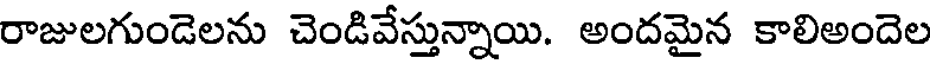
రాజులగుండెలను చెండివేస్తున్నాయి. అందమైన కాలిఅందెల